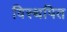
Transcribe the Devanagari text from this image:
विस्थपित